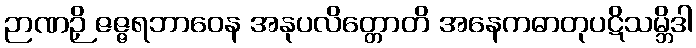
ဉာဏဉှိ ဇဇ္ဇရဘာဝေန အနုပလိတ္တောတိ အနေကဓာတုပဋိသမ္ဘိဒါ